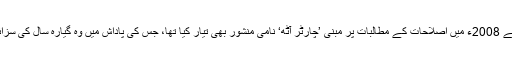
اس کے علاوہ انہوں نے 2008ء میں اصلاحات کے مطالبات پر مبنی ’چارٹر آٹھ‘ نامی منشور بھی تیار کیا تھا، جس کی پاداش میں وہ گیارہ سال کی سزائے قید کاٹ رہے ہیں۔